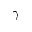
\gamma